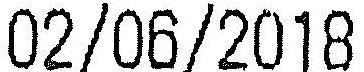
02/06/2018